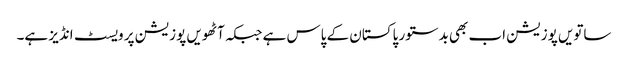
ساتویں پوزیشن اب بھی بدستور پاکستان کے پاس ہے جبکہ آٹھویں پوزیشن پر ویسٹ انڈیز ہے۔